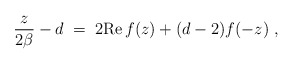
\begin{align*}{z\over 2\beta}-d\;=\; 2{\rm Re} \,f(z)+(d-2)f(-z)\; ,\end{align*}